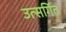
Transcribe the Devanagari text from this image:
उत्सर्गित